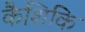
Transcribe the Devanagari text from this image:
कैशिकि